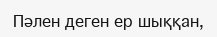
Пәлен деген ер шыққан,